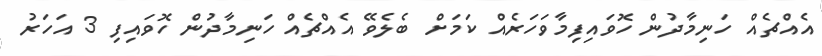
އެއްޗެއް ހަނިމާދުން ހޮވައިފިމާވަހަރެއް ކަމަށް ބެލެވޭ އެއްޗެއް ހަނިމާދުން ހޮވައިފި 3 އަހަރު